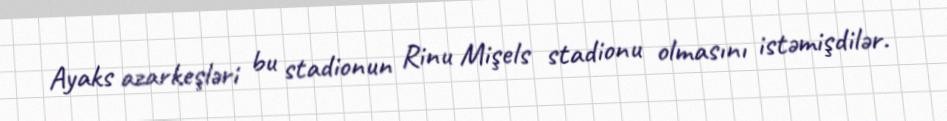
Ayaks azarkeşləri bu stadionun Rinu Mişels stadionu olmasını istəmişdilər.